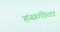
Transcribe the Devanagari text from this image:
हंसगीता